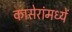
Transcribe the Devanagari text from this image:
कासेरांमध्यें